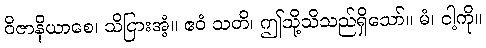
ဝိဇာနိယာစေ၊ သိငြားအံ့။ ဧဝံ သတိ၊ ဤသို့သိသည်ရှိသော်။ မံ၊ ငါ့ကို။